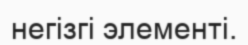
негізгі элементі.